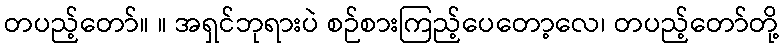
တပည့်တော်။ ။ အရှင်ဘုရားပဲ စဉ်စားကြည့်ပေတော့လေ၊ တပည့်တော်တို့